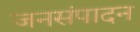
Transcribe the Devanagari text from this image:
जनसंपादन